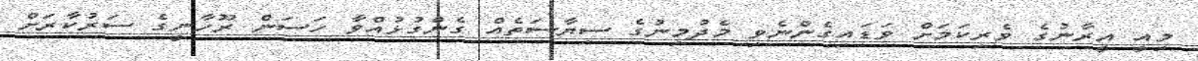
މިއީ އީރާނުގެ ވެރިކަމަށް ވަޑައިގެންނެވި މެދުމިނުގެ ސިޔާސަތެއް ގެންގުޅުއްވާ ހަސަން ރޫހާނީގެ ސަރުކާރަށް